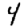
Digit: 4